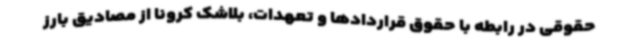
حقوقی در رابطه با حقوق قراردادها و تعهدات، بلاشک کرونا از مصادیق بارز